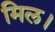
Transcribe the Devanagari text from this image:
मिल।